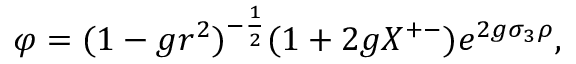
\varphi = ( 1 - g r ^ { 2 } ) ^ { - { \frac { 1 } { 2 } } } ( 1 + 2 g X ^ { + - } ) e ^ { 2 g \sigma _ { 3 } \rho } ,